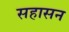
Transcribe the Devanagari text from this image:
सहासन